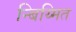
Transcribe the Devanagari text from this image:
न्बिय्मित